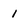
Character: 1